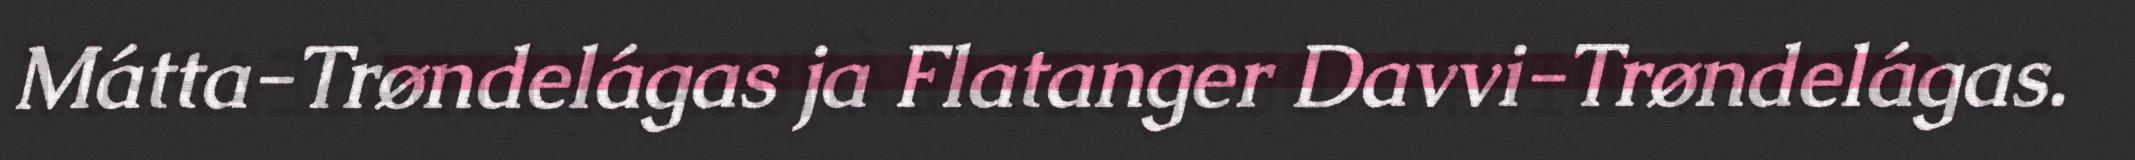
Mátta-Trøndelágas ja Flatanger Davvi-Trøndelágas.